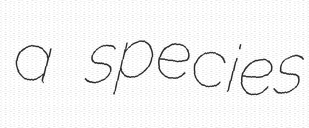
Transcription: a species